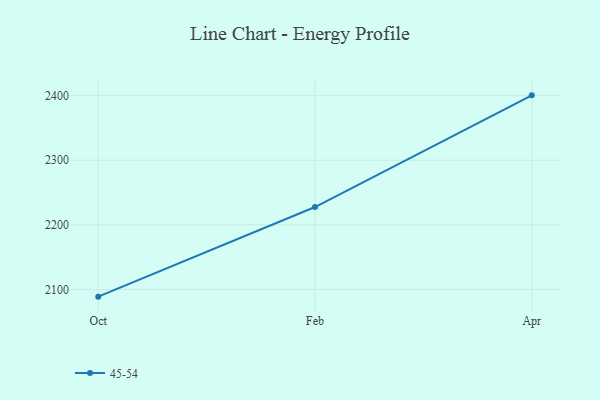
{"axis": {"x": "Month", "y": "Production Output"}, "legend": ["45-54"], "data": [{"x": "Oct", "y": 2088.9, "type": "45-54"}, {"x": "Feb", "y": 2227.6, "type": "45-54"}, {"x": "Apr", "y": 2400.4, "type": "45-54"}]}